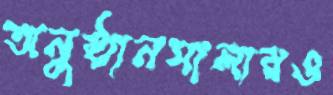
অনুষ্ঠানমালারও